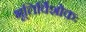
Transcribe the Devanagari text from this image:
भूतिर्विशोकः